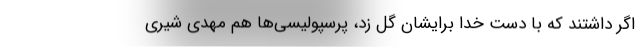
اگر داشتند که با دست خدا برایشان گل زد، پرسپولیسی‌ها هم مهدی شیری